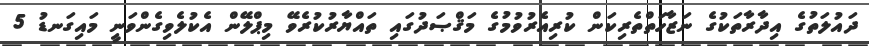
ދައުލަތުގެ އިދާރާތަކުގެ ނަޒާހަތްތެރިކަން ކުރިއެރުވުމުގެ މަޤްޞަދުގައި ތައްޔާރުކުރެވޭ މިޕްލޭން އެކުލެވިގެންވަނީ މައިގަނޑު 5